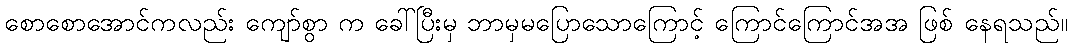
စောစောအောင်ကလည်း ကျော်စွာ က ခေါ်ပြီးမှ ဘာမှမပြောသောကြောင့် ကြောင်ကြောင်အအ ဖြစ် နေရသည်။